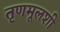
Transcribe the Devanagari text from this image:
तृणमूलशी